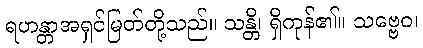
ရဟန္တာအရှင်မြတ်တို့သည်။ သန္တိ၊ ရှိကုန်၏။ သဗ္ဗေဝ၊